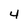
Character: 4